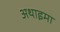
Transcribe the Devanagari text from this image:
अथाइमा